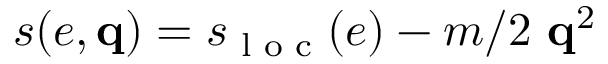
s ( e , \mathbf q ) = s _ { \textrm { l o c } } ( e ) - m / 2 \ \mathbf q ^ { 2 }